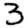
Digit: 3